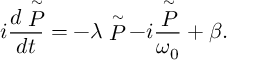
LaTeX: i { \frac { d \stackrel { \sim } { P } } { d t } } = - \lambda \stackrel { \sim } { P } - i { \frac { \stackrel { \sim } { P } } { \omega _ { 0 } } } + \beta .